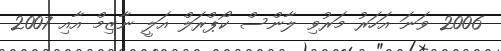
2006 ވަނަ އަހަރު މަރުވި ލާންސް ކޯޕްރަލް އަލީ ނާޒިމް އާއި 2007